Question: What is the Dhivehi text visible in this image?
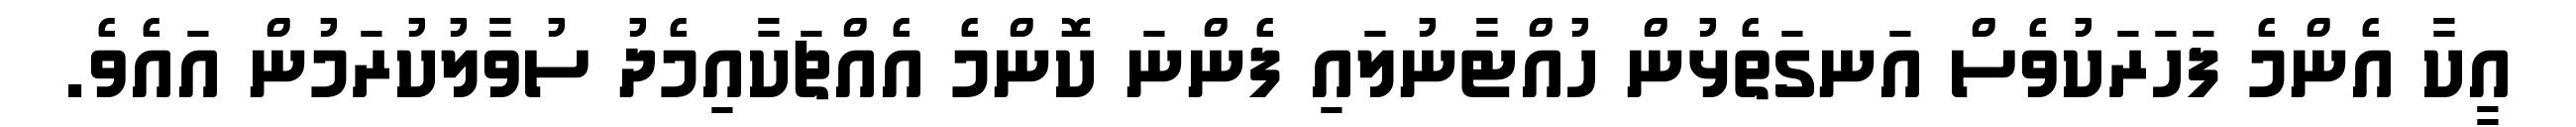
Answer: އީކާ އެންމެ ފަހަރަކުވެސް އަނގަތެޅުން ހުއްޓާނުލައި ފެންނަ ކޮންމެ އެއްޗަކާއިމެދު ސުވާލުކުރަމުން އައެވެ.